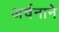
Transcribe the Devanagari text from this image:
अर्चनाने